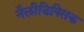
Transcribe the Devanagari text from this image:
नैलीडिक्सिक